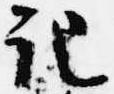
記